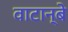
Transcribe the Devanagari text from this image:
वाटान्बे